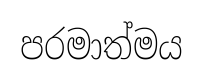
පරමාත්මය